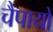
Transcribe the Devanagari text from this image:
चैपायों